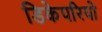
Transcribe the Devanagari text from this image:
डिकेपरियो